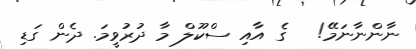
ނާންނާނަމޭ!   ގެ އާއި ސްކޫލް މާ ދުރުވީމަ. ދެން ގަޑި